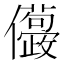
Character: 𠑛